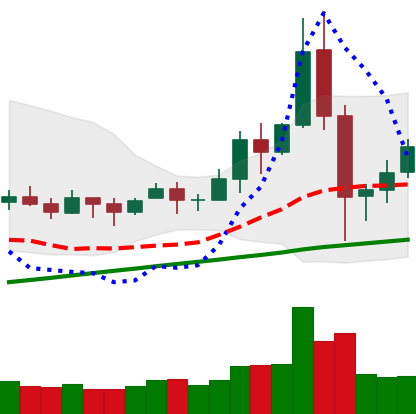
Ticker: BNB-USD
Chart end date: 2020-11-29
Forward return: -3.471%
Label: down_3_5